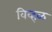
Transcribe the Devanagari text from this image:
विव्हळ